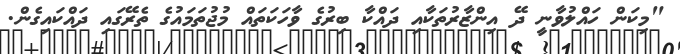
"މިކަން ހައްލުވާނީ ދޭ އިންޒާރުތަކާއި ދައްކާ ބިރުގެ ވާހަކަތައް މުޖުތަމައުގެ ތެރޭގައި ދައްކައިގެން.